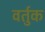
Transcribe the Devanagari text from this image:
वर्तुक